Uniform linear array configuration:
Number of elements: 24
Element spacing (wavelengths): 0.25
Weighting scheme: hann
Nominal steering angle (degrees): -45
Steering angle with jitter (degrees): -46.57
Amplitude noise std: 0.05
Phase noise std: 0.05

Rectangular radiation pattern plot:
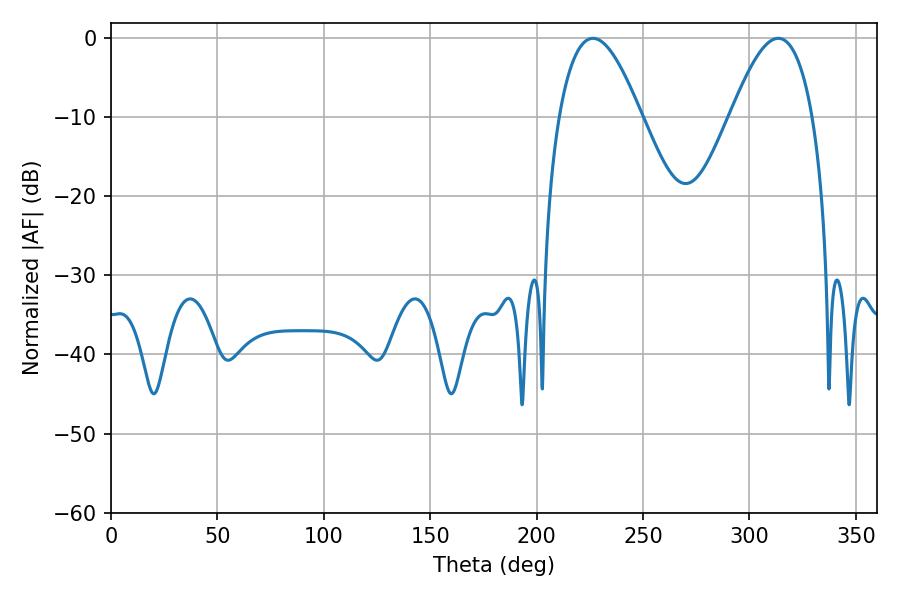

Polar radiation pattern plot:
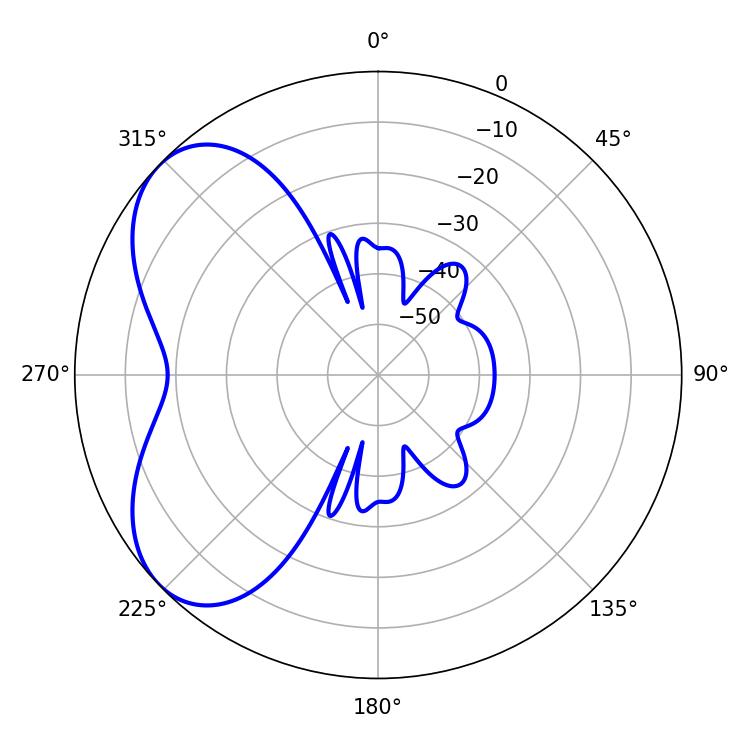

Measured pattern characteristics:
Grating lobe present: FALSE
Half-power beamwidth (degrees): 20.88
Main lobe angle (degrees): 226.44